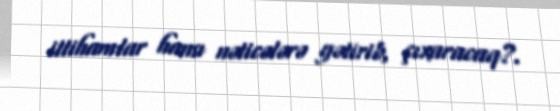
ittihamlar hansı nəticələrə gətirib, çıxaracaq?.